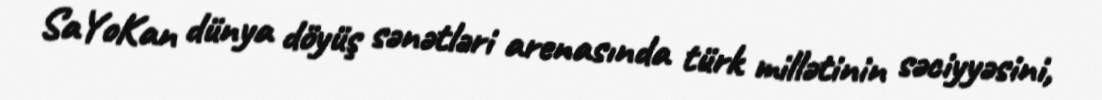
SaYoKan dünya döyüş sənətləri arenasında türk millətinin səciyyəsini,